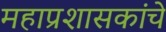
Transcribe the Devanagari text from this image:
महाप्रशासकांचे